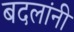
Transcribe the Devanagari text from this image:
बदलांनी